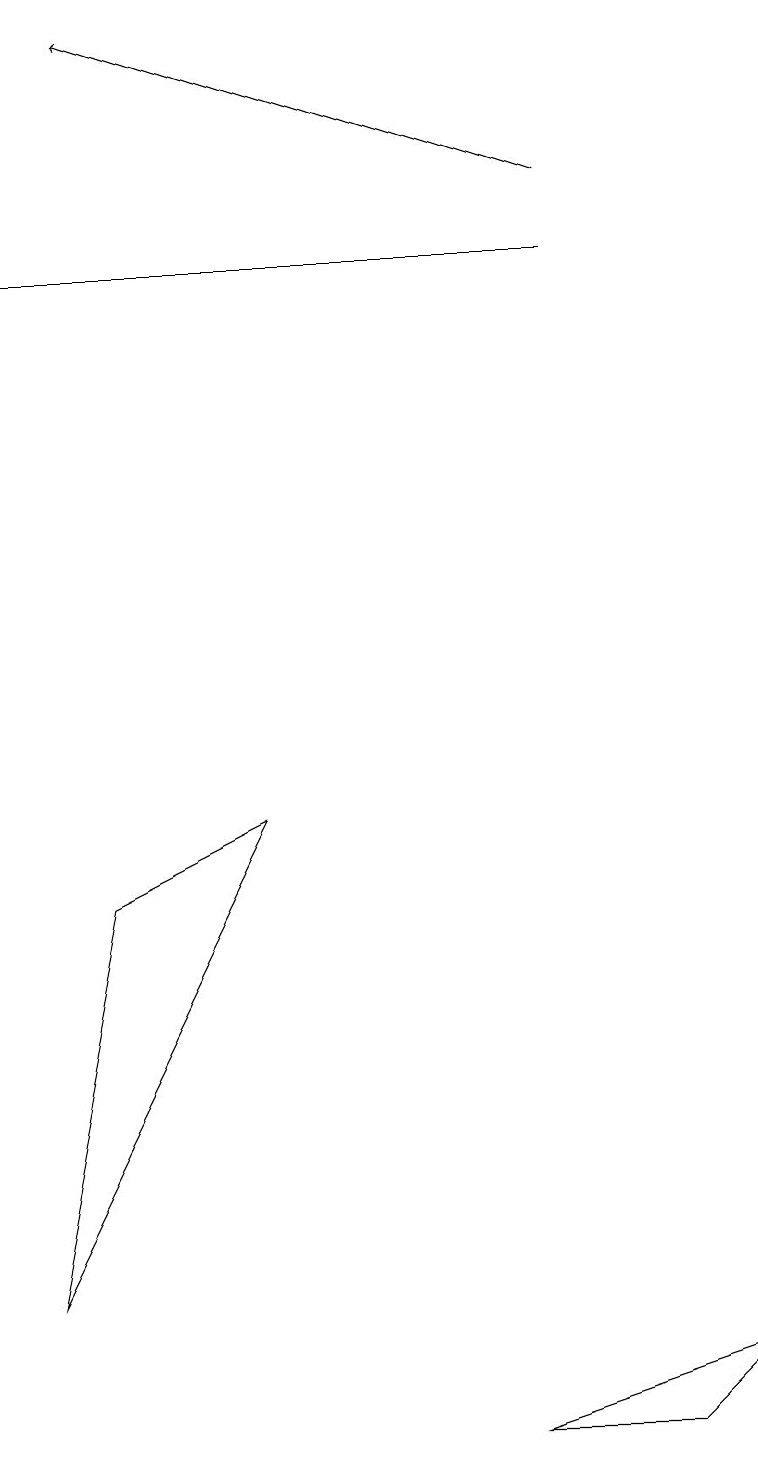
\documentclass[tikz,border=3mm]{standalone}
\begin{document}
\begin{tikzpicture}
\draw (8,0) -- (9,1) -- (6,0) -- cycle;
\draw[->] (7,16) -- (1,18);
\draw[->] (7,15) -- (0,15);
\draw (1,7) -- (0,2) -- (3,8) -- cycle;
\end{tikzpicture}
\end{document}